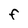
Character: F